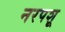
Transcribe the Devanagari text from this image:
नरपशू